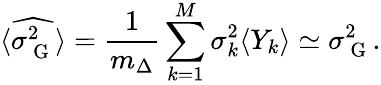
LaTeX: \langle\widehat{\sigma_{\mathrm{~G~}}^{2}}\rangle=\frac{1}{m_{\Delta}}\sum_{k=1}^{M}\sigma_{k}^{2}\langle Y_{k}\rangle\simeq\sigma_{\mathrm{~G~}}^{2}.